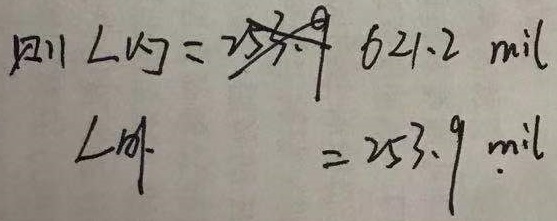
则 $L[x]=253.9\ 621.2\ \text{mil}$，$L[y]=253.9\ \text{mil}$